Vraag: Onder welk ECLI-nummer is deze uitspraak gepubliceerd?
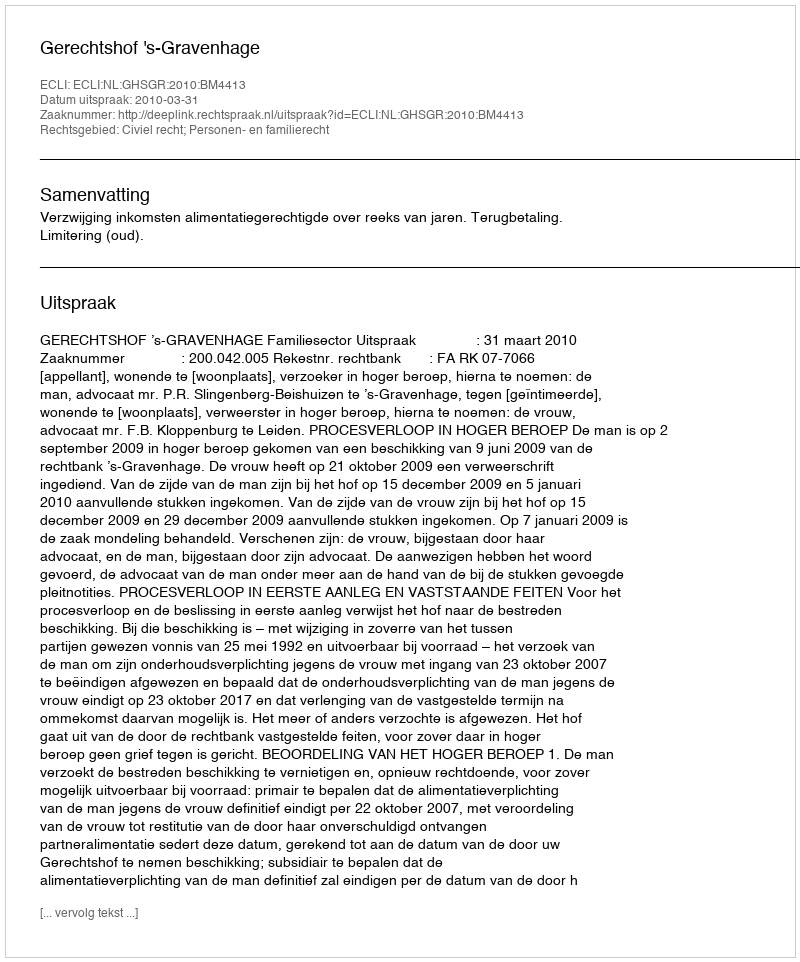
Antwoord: ECLI:NL:GHSGR:2010:BM4413